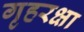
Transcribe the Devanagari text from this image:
गृहरक्षा